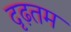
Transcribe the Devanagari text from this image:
दृढ़तम